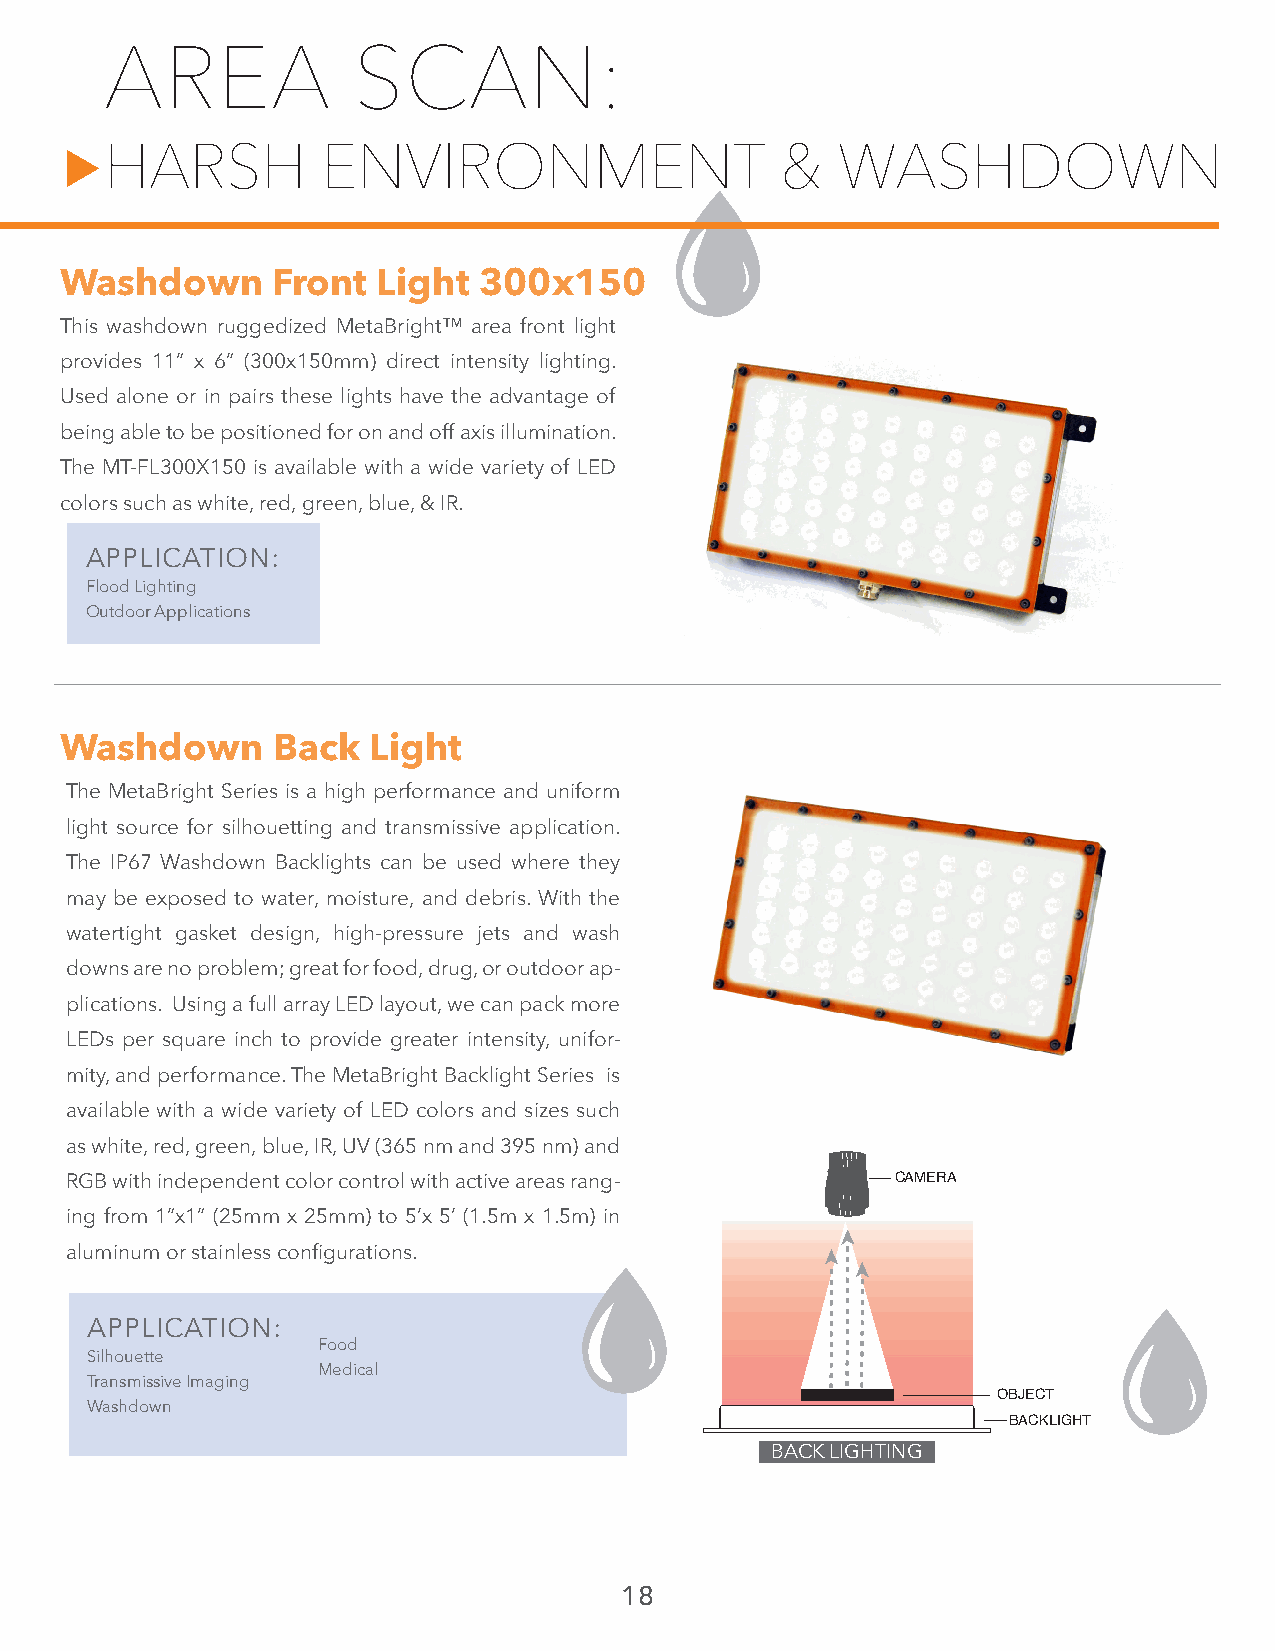
AREA            SCAN:
 HARSH         ENVIRONMENT                    &  WASHDOWN
 Washdown      Front  Light  300x150
 This washdown ruggedized MetaBright™ area front light
 provides 11” x 6” (300x150mm) direct intensity lighting.
 Used alone or in pairs these lights have the advantage of
 being able to be positioned for on and off axis illumination.
 The MT-FL300X150 is available with a wide variety of LED
 colors such as white, red, green, blue, & IR.
 APPLICATION:
 APPLICATION:
 Flood Lighting
 Outdoor Applications
 Washdown      Back  Light
 The MetaBright Series is a high performance and uniform
 light source for silhouetting and transmissive application.
 The IP67 Washdown Backlights can be used where they
 may be exposed to water, moisture, and debris. With the
 watertight gasket design, high-pressure jets and wash
 downs are no problem; great for food, drug, or outdoor ap-
 plications. Using a full array LED layout, we can pack more
 LEDs per square inch to provide greater intensity, unifor-
 mity, and performance. The MetaBright Backlight Series is
 available with a wide variety of LED colors and sizes such
 as white, red, green, blue, IR, UV (365 nm and 395 nm) and
 RGB with independent color control with active areas rang- CAMERA
 ing from 1”x1” (25mm x 25mm) to 5’x 5’ (1.5m x 1.5m) in
 aluminum or stainless configurations.
 APPLICATION:
 Food
 Silhouette
 Medical
 Transmissive Imaging
 OBJECT
 Washdown
 BACKLIGHT
 BACK LIGHTING
 18
 ▲